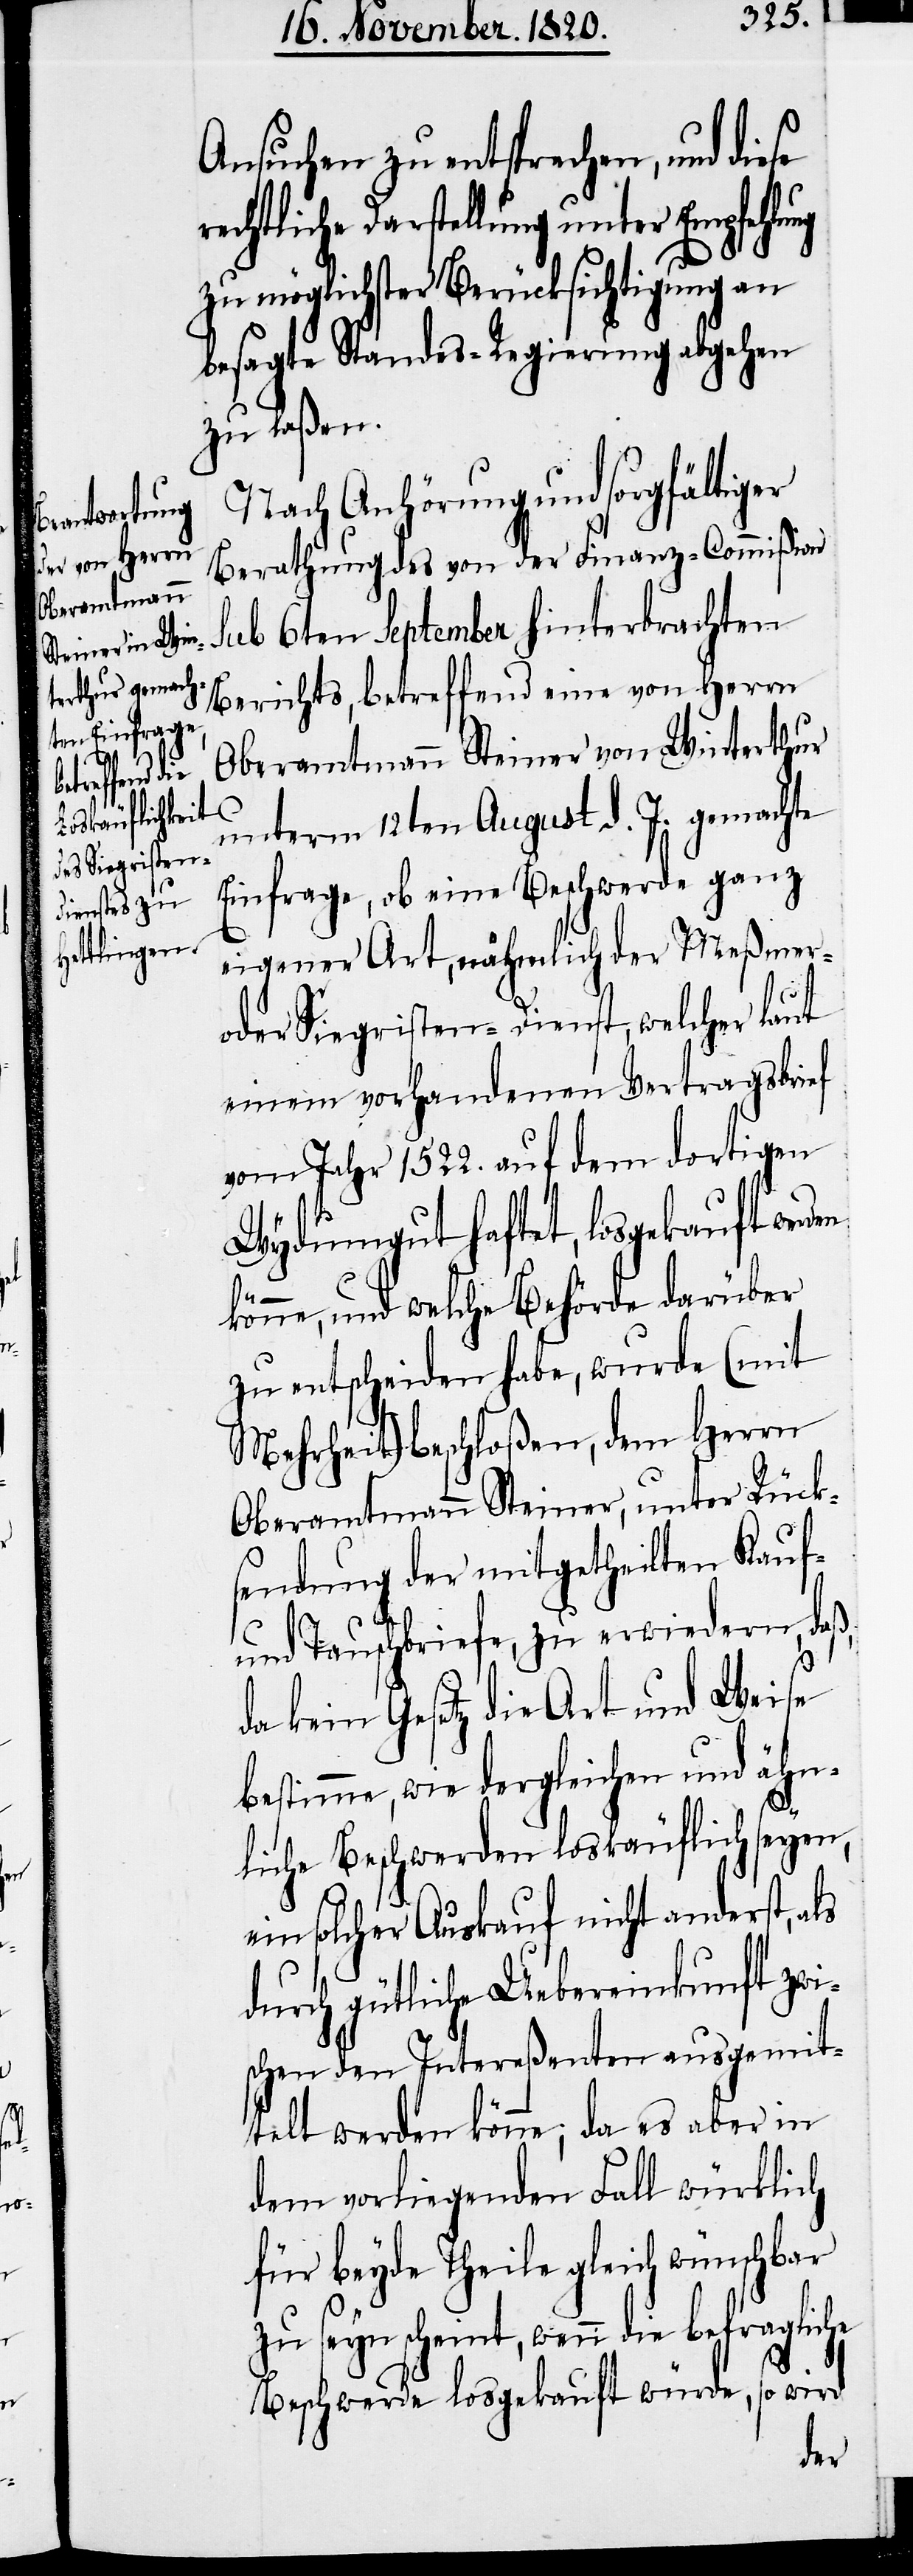
Ansuchen zu entsprechen, und diese
rechtliche Darstellung unter Empfehlung
zu möglichster Berücksichtigung an
besagte Standes-Regierung abgehen
zu laßen.
Nach Anhörung und sorgfältiger
Berathung des von der Finanz-Commißion
sub 6ten September hinterbrachten
Berichts, betreffend eine von Herrn
Oberamtmann Steiner von Winterthur
unterm 12ten August d. J. gemachte
Einfrage, ob eine Beschwerde ganz
eigener Art, nähmlich der Meßmer-
oder Siegristen-Dienst, welcher laut
einem vorhandenen Vertragsbrief
vom Jahr 1522. auf dem dortigen
Wydumgut haftet, losgekauft werden
könne, und welche Behörde darüber
zu entscheiden habe, wurde (mit
Mehrheit) beschloßen, dem Herrn
Oberamtmann Steiner, unter Rück¬
sendung der mitgetheilten Kauf-
und Tauschbriefe, zu erwiedern, daß,
da kein Gesetz die Art und Weise
bestimme, wie dergleichen und ähn¬
liche Beschwerden loskäuflich seyen,
ein solcher Auskauf nicht anderst, als
durch gütliche Uebereinkunft zwi¬
schen den Intereßenten ausgemit¬
telt werden könne, da es aber in
dem vorliegenden Fall würklich
für beyde Theile gleich wünschbar
zu seyn scheint, wenn die befragliche
Beschwerde losgekauft würde, so wird